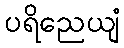
ပရိညေယျံ